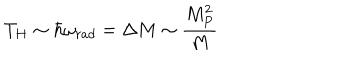
T _ { H } \sim \hbar \omega _ { r a d } = \Delta M \sim \frac { M _ { P } ^ { 2 } } { M }